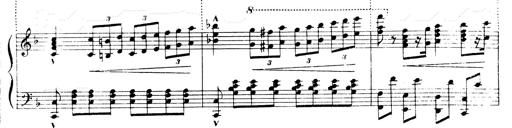
Title: Andante Finale und Marsch aus der Oper KÃ¶nig Alfred
Composer: Franz Liszt